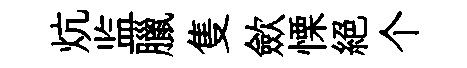
炕监臘隻歛慄絕个